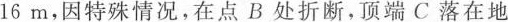
1 6 m$$ ，因特殊情况，在点B处折断，顶端C落在地